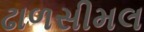
ઢાળસીમલ